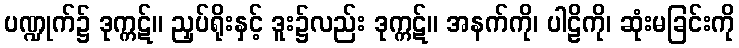
ပဏ္ဍုက်၌ ဒုက္ကဋ်။ ညှပ်ရိုးနှင့် ဒူး၌လည်း ဒုက္ကဋ်။ အနက်ကို၊ ပါဠိကို၊ ဆုံးမခြင်းကို